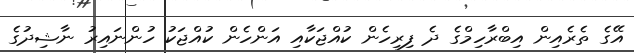
އޭގެ ތެރެއިން އިބްރާހިމްގެ ދެ ފިރިހެން ކުއްޖަކާއި އަންހެން ކުއްޖަކު ހުންނައިރު ނާޝިދުގެ